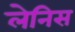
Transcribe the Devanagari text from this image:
लेनिस